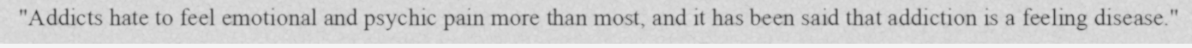
"Addicts hate to feel emotional and psychic pain more than most, and it has been said that addiction is a feeling disease."